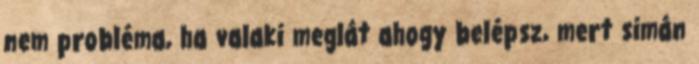
nem probléma, ha valaki meglát ahogy belépsz, mert simán